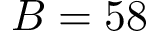
B = 5 8